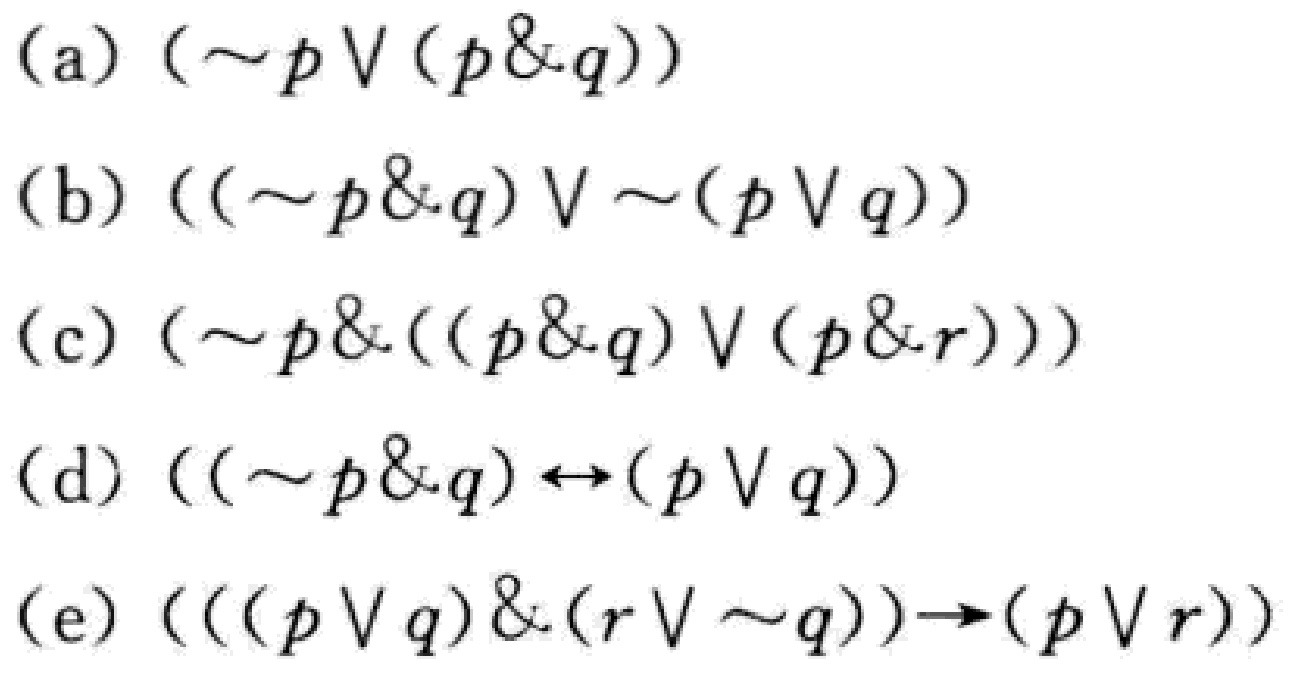
(a) $(\sim p\vee(p\& q))$
(b) $((\sim p\& q)\vee\sim(p\vee q))$
(c) $(\sim p\&((p\& q)\vee(p\& r)))$
(d) $((\sim p\& q)\leftrightarrow(p\vee q))$
(e) $(((p\vee q)\&(r\vee\sim q))\to(p\vee r))$